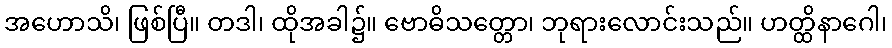
အဟောသိ၊ ဖြစ်ပြီ။ တဒါ၊ ထိုအခါ၌။ ဗောဓိသတ္တော၊ ဘုရားလောင်းသည်။ ဟတ္ထိနာဂေါ၊